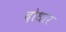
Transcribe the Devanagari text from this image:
दोधार